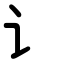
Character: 讠